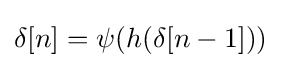
\delta [n]=\psi (h(\delta [n-1]))